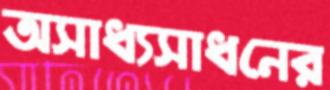
অসাধ্যসাধনের